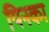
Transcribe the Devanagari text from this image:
यिनका